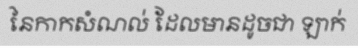
នៃកាកសំណល់ ដែលមានដូចជា ឡាក់